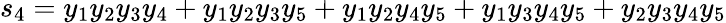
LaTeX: s_{4}=y_{1}y_{2}y_{3}y_{4}+y_{1}y_{2}y_{3}y_{5}+y_{1}y_{2}y_{4}y_{5}+y_{1}y_{3}y_{4}y_{5}+y_{2}y_{3}y_{4}y_{5}